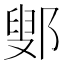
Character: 鄋